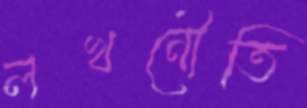
লখনৌতি